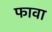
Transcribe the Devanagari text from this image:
फावा